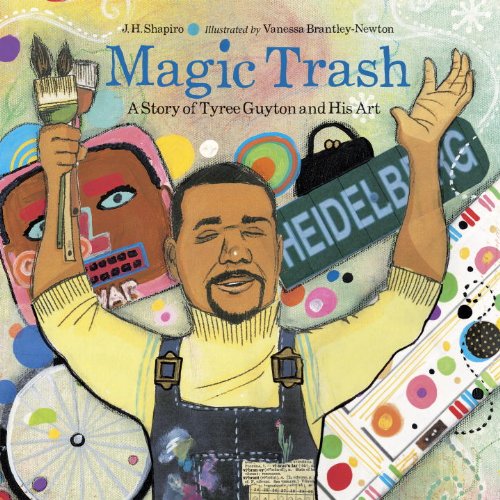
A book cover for Magic Trash; J. H. Shapiro; Children's Books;